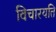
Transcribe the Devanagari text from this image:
विचारयति